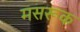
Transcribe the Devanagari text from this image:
मसरूक